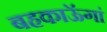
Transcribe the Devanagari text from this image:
बहकाऊॅगां